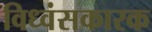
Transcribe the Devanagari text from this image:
विध्वंसकारक